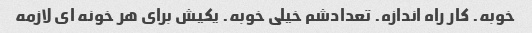
خوبه. کار راه اندازه. تعدادشم خیلی خوبه. یکیش برای هر خونه ای لازمه